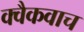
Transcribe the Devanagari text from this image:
क्वैकवाच